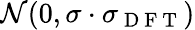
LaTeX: \mathcal{N}(0,\sigma\cdot\sigma_{\mathrm{~D~F~T~}})